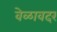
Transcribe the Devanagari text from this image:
वेळावदर